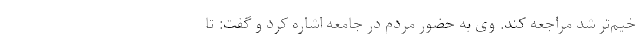
خیم‌تر شد مراجعه کند. وی به حضور مردم در جامعه اشاره کرد و گفت: تا